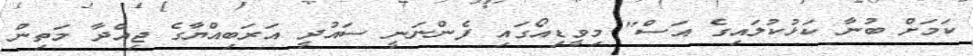
ކަމަށް ބުނާ ކަޅުކުލައިގެ އަސް" މިވީޑިއޯގައި ފެންނަނީ ސައުދީ އަރަބިއްޔާގެ ޖިއްދާ މަތިން